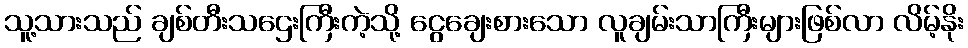
သူ့သားသည် ချစ်တီးသဌေးကြီးကဲ့သို့ ငွေချေးစားသော လူချမ်းသာကြီးများဖြစ်လာ လိမ့်နိုး